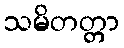
သမိတတ္တာ